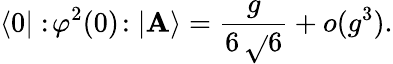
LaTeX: \langle0|:\! \varphi^{2}(0)\! :|\mathbf{A}\rangle=\frac{{g}}{{6\, \sqrt{}{{6}}}}+o(g^{3}).